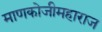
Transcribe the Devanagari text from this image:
माणकोजीमहाराज